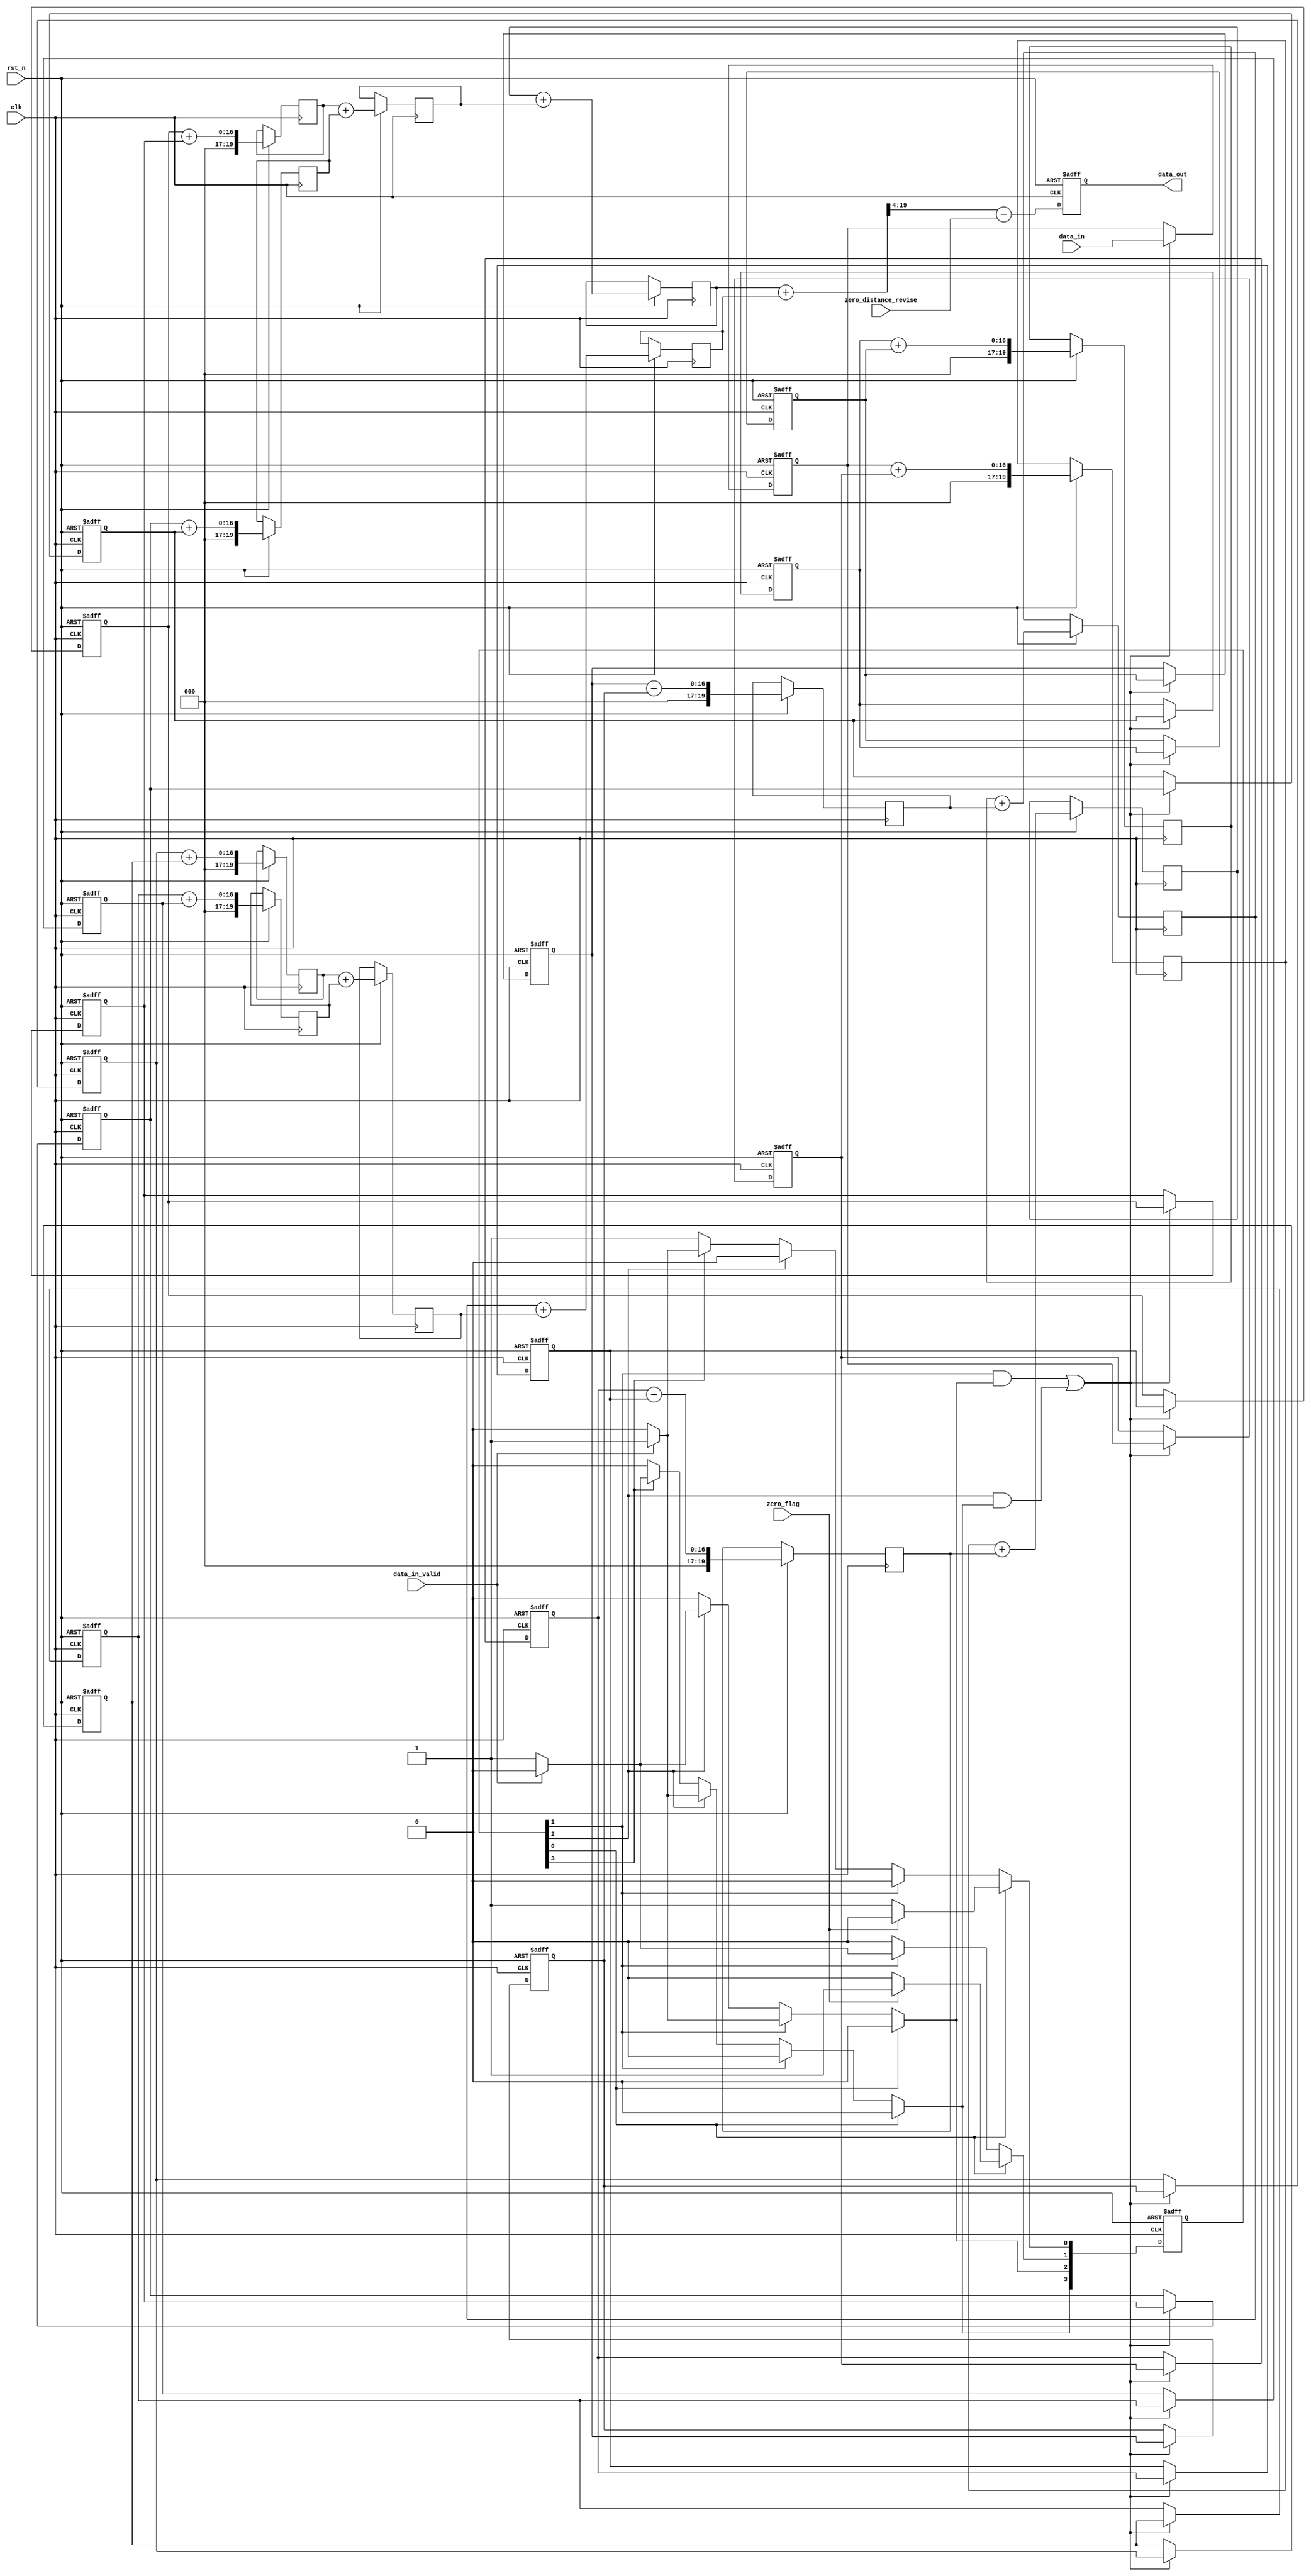
/*=============================================================================
# FileName    :	zero_distance.v
# Author      :	author
# Email       :	email@email.com
# Description :	82,
# Version     :	1.0
# LastChange  :	2019-06-20 18:29:43
# ChangeLog   :	
=============================================================================*/

`timescale  1 ns/1 ps

module zero_distance
(
    input                       clk,
    input                       rst_n,

    input        [15:00]        zero_distance_revise,
    input                       zero_flag,

    input                       data_in_valid,
    input        [15:00]        data_in,

    output  reg  [15:00]        data_out
    /*port*/
);

localparam              IDLE    = 0;
localparam              WAIT    = 1;
localparam              FIRST   = 2;
localparam              SECOND  = 3;
localparam              OVER    = 4;
(* KEEP = "TRUE" *)reg     [OVER:00]       cs = 'd1, ns = 'd1;
reg     [15:00]         state_cnt, state_cnt_n;

// synthesis translate_off
reg [127:0] cs_STRING;
always @(*)
begin
    case(1'b1)
        cs[IDLE]: cs_STRING = "IDLE";
        cs[WAIT]: cs_STRING = "WAIT";
        cs[FIRST]: cs_STRING = "FIRST";
        cs[SECOND]: cs_STRING = "SECOND";
        cs[OVER]: cs_STRING = "OVER";
        default: cs_STRING = "XXXX";
    endcase
end
// synthesis translate_on

always @(posedge clk or negedge rst_n)
begin
    if(~rst_n)
        cs <= 'd1;
    else
        cs <= ns;
end

always @(*)
begin
    ns = 'd0;
    case(1'b1)
        cs[IDLE]:
        begin
            if(zero_flag)
                ns[WAIT] = 1'b1;
            else
                ns[IDLE] = 1'b1;
        end
        cs[WAIT]:
        begin
            if(data_in_valid)
                ns[FIRST] = 1'b1;
            else
                ns[WAIT] = 1'b1;
        end
        cs[FIRST]:
        begin
            if(data_in_valid)
                ns[SECOND] = 1'b1;
            else
                ns[FIRST] = 1'b1;
        end
        cs[SECOND]:
        begin
            if(data_in_valid)
                ns[IDLE] = 1'b1;
            else
                ns[SECOND] = 1'b1;
        end
        default:
            ns[IDLE] = 1'b1;
    endcase
end

always @ (posedge clk or negedge rst_n)
begin
    if(~rst_n)
        state_cnt <= 0;
    else
        state_cnt <= state_cnt_n;
end

always @ (*)
begin
    if(~rst_n)
        state_cnt_n <= 0;
    else if (cs != ns)
        state_cnt_n <= 0;
    else
        state_cnt_n <= state_cnt + 1'b1;
end

reg     [15:00]             data_in_r00;
reg     [15:00]             data_in_r01;
reg     [15:00]             data_in_r02;
reg     [15:00]             data_in_r03;
reg     [15:00]             data_in_r04;
reg     [15:00]             data_in_r05;
reg     [15:00]             data_in_r06;
reg     [15:00]             data_in_r07;
reg     [15:00]             data_in_r08;
reg     [15:00]             data_in_r09;
reg     [15:00]             data_in_r10;
reg     [15:00]             data_in_r11;
reg     [15:00]             data_in_r12;
reg     [15:00]             data_in_r13;
reg     [15:00]             data_in_r14;
reg     [15:00]             data_in_r15;


always @ (posedge clk or negedge rst_n)
begin
    if(~rst_n)
    begin
        data_in_r00 <= 0;
        data_in_r01 <= 0;
        data_in_r02 <= 0;
        data_in_r03 <= 0;
        data_in_r04 <= 0;
        data_in_r05 <= 0;
        data_in_r06 <= 0;
        data_in_r07 <= 0;
        data_in_r08 <= 0;
        data_in_r09 <= 0;
        data_in_r10 <= 0;
        data_in_r11 <= 0;
        data_in_r12 <= 0;
        data_in_r13 <= 0;
        data_in_r14 <= 0;
        data_in_r15 <= 0;
    end
    else if( (cs[WAIT] & ns[FIRST]) | (cs[FIRST] & ns[SECOND]) )
    begin
        data_in_r00 <= data_in;
        data_in_r01 <= data_in_r00;
        data_in_r02 <= data_in_r01;
        data_in_r03 <= data_in_r02;
        data_in_r04 <= data_in_r03;
        data_in_r05 <= data_in_r04;
        data_in_r06 <= data_in_r05;
        data_in_r07 <= data_in_r06;
        data_in_r08 <= data_in_r07;
        data_in_r09 <= data_in_r08;
        data_in_r10 <= data_in_r09;
        data_in_r11 <= data_in_r10;
        data_in_r12 <= data_in_r11;
        data_in_r13 <= data_in_r12;
        data_in_r14 <= data_in_r13;
        data_in_r15 <= data_in_r14;
    end
end

reg     [19:00]             data_pipe_00;
reg     [19:00]             data_pipe_01;
reg     [19:00]             data_pipe_02;
reg     [19:00]             data_pipe_03;
reg     [19:00]             data_pipe_04;
reg     [19:00]             data_pipe_05;
reg     [19:00]             data_pipe_06;
reg     [19:00]             data_pipe_07;
reg     [19:00]             data_pipe_08;

reg     [19:00]             data_pipe_10;
reg     [19:00]             data_pipe_11;
reg     [19:00]             data_pipe_12;
reg     [19:00]             data_pipe_13;

reg     [19:00]             data_pipe_20;
reg     [19:00]             data_pipe_21;
always @ (posedge clk or negedge rst_n)
begin
    if(~rst_n)
        data_out <= 0;
    else
    begin
        data_pipe_00 <= data_in_r00 + data_in_r01;
        data_pipe_01 <= data_in_r02 + data_in_r03;
        data_pipe_02 <= data_in_r04 + data_in_r05;
        data_pipe_03 <= data_in_r06 + data_in_r07;
        data_pipe_04 <= data_in_r08 + data_in_r09;
        data_pipe_05 <= data_in_r10 + data_in_r11;
        data_pipe_06 <= data_in_r12 + data_in_r13;
        data_pipe_07 <= data_in_r14 + data_in_r15;

        data_pipe_10 <= data_pipe_00 + data_pipe_01;
        data_pipe_11 <= data_pipe_02 + data_pipe_03;
        data_pipe_12 <= data_pipe_04 + data_pipe_05;
        data_pipe_13 <= data_pipe_06 + data_pipe_07;

        data_pipe_20 <= data_pipe_10 + data_pipe_11;
        data_pipe_21 <= data_pipe_12 + data_pipe_13;

        data_out <= ((data_pipe_20 + data_pipe_21)>>4) - zero_distance_revise;
        //data_out <= 
        //(( 
            //(data_in_r00 + data_in_r01) + 
            //(data_in_r02 + data_in_r03) + 
            //(data_in_r04 + data_in_r05) + 
            //(data_in_r06 + data_in_r07)
        //) 
            //+ 
        //(
            //(data_in_r08 + data_in_r09) + 
            //(data_in_r10 + data_in_r11) + 
            //(data_in_r12 + data_in_r13) + 
            //(data_in_r14 + data_in_r15)
        //) >> 4)
            //- 
        //zero_distance_revise;
    end 
end
endmodule